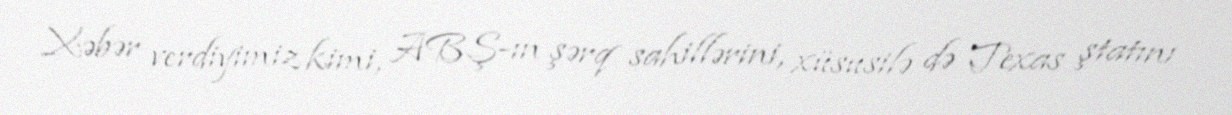
Xəbər verdiyimiz kimi, ABŞ-ın şərq sahillərini, xüsusilə də Texas ştatını